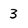
Character: 3